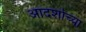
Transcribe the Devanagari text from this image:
आदर्शाच्‍या